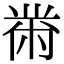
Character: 黹